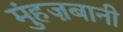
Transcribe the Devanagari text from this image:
मुंहज़बानी